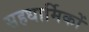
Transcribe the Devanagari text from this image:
सहधार्मिकों